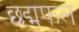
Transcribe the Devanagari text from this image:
छद्मफल